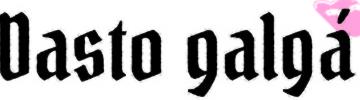
Dasto galgá